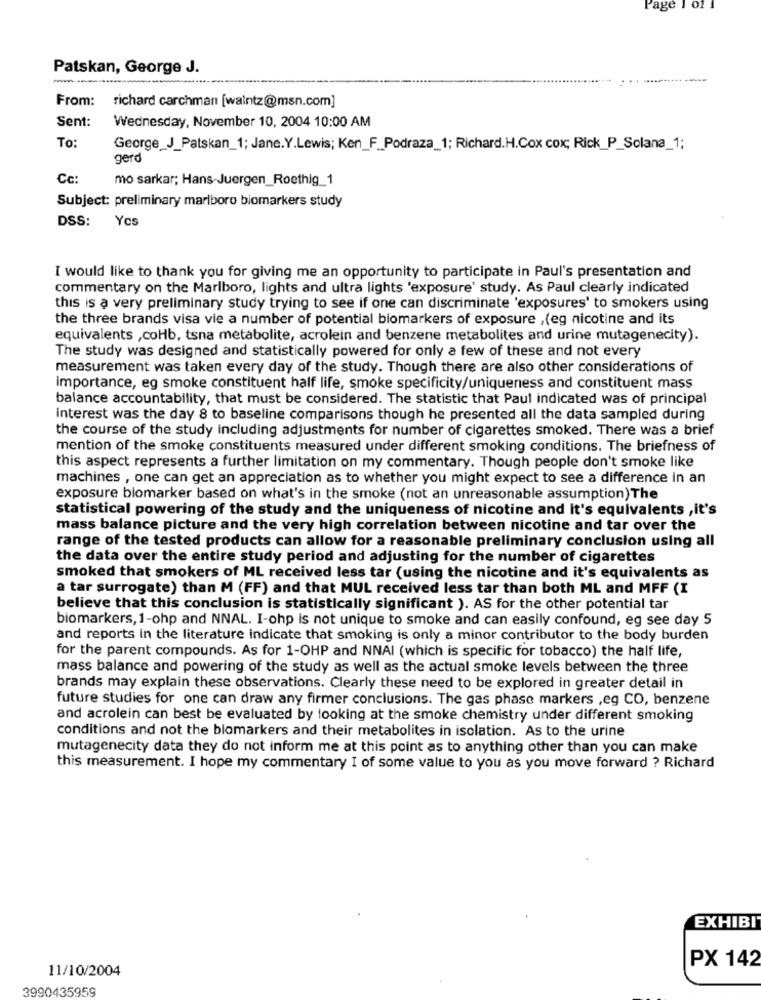
Page
Patskan, George J.
From:
richard carchman [walntz@msn.com]
Sent:
Wednesday, November 10, 2004 10:00 AM
To:
George_J_Patskan_1; Jane.Y.Lewis; Ken_F_Podraza_1; Richard.H.Cox cox; Rick_P_Solana_1;
gerd
Cc
mo sarkar; Hans-Juergen_Roethig_1
Subject: preliminary marlboro biomarkers study
DSS:
Ycs
I would like to thank you for giving me an opportunity to participate in Paul's presentation and
commentary on the Marlboro, lights and ultra lights 'exposure' study. As Paul clearly indicated
this is a very preliminary study trying to see if one can discriminate 'exposures' to smokers using
the three brands visa vie a number of potential biomarkers of exposure ,(eg nicotine and its
equivalents ,coHb, tsna metabolite, acrolein and benzene metabolites and urine mutagenecity).
The study was designed and statistically powered for only a few of these and not every
measurement was taken every day of the study. Though there are also other considerations of
importance, eg smoke constituent half life, smoke specificity/uniqueness and constituent mass
balance accountability, that must be considered. The statistic that Paul indicated was of principal
interest was the day 8 to baseline comparisons though he presented all the data sampled during
the course of the study including adjustments for number of cigarettes smoked. There was a brief
mention of the smoke constituents measured under different smoking conditions. The briefness of
this aspect represents a further limitation on my commentary. Though people don't smoke like
machines , one can get an appreciation as to whether you might expect to see a difference in an
exposure biomarker based on what's in the smoke (not an unreasonable assumption) The
statistical powering of the study and the uniqueness of nicotine and it's equivalents , it's
mass balance picture and the very high correlation between nicotine and tar over the
range of the tested products can allow for a reasonable preliminary conclusion using all
the data over the entire study period and adjusting for the number of cigarettes
smoked that smokers of ML received less tar (using the nicotine and it's equivalents as
a tar surrogate) than M (FF) and that MUL received less tar than both ML and MFF (I
believe that this conclusion is statistically significant ). AS for the other potential tar
biomarkers, 1-ohp and NNAL. I-ohp Is not unique to smoke and can easily confound, eg see day 5
and reports in the literature indicate that smoking is only a minor contributor to the body burden
for the parent compounds. As for 1-OHP and NNAI (which is specific for tobacco) the half life,
mass balance and powering of the study as well as the actual smoke levels between the three
brands may explain these observations. Clearly these need to be explored in greater detail in
future studies for one can draw any firmer conclusions. The gas phase markers ,eg CO, benzene
and acrolein can best be evaluated by looking at the smoke chemistry under different smoking
conditions and not the blomarkers and their metabolites in isolation. As to the urine
mutagenecity data they do not inform me at this point as to anything other than you can make
this measurement. I hope my commentary I of some value to you as you move forward ? Richard
EXHIBI
PX 142
11/10/2004
3990435959